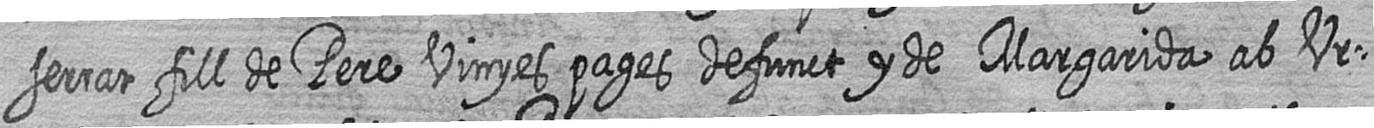
serrat fill de Pere Vinyes pages defunct y de Margarida ab Ur=